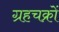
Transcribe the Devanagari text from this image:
ग्रहचक्रों